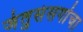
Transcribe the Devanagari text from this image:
जंतुसंसर्गाचा